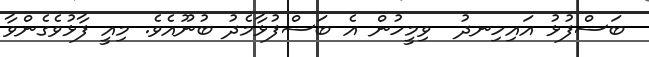
ބަސްފުޅު އައިހިނދު  ވިމީހުން އެ ބަސްފުޅާމެދު ބުނޫއެވެ. މިއީ ފާޅުވެގެންވާ